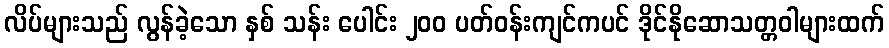
လိပ်များသည် လွန်ခဲ့သော နှစ် သန်း ပေါင်း ၂၀၀ ပတ်ဝန်းကျင်ကပင် ဒိုင်နိုဆောသတ္တဝါများထက်